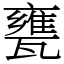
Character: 甕